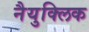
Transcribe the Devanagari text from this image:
नैयुक्लिक